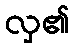
လှ၏